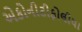
એકોનીટીફોલીયા